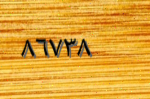
٨٦٧٣٨